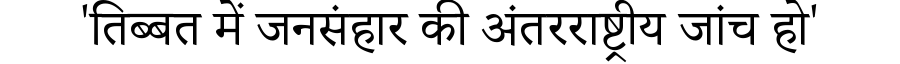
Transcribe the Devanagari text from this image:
'तिब्बत में जनसंहार की अंतरराष्ट्रीय जांच हो'